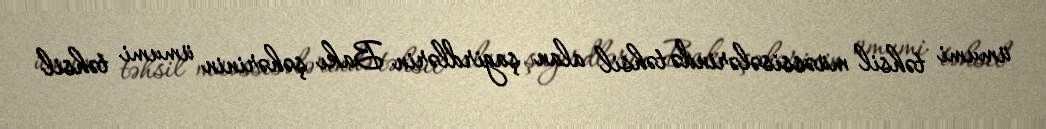
ümumi təhsil müəssisələrində təhsil alan şagirdlərin Bakı şəhərinin ümumi təhsil